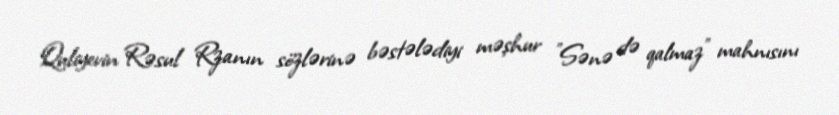
Quliyevin Rəsul Rzanın sözlərinə bəstələdiyi məşhur "Sənə də qalmaz" mahnısını